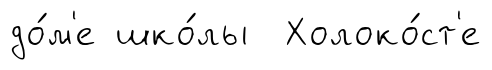
до́м'е шко́лы Холоко́ст'е